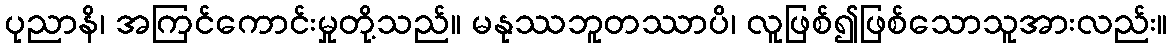
ပုညာနိ၊ အကြင်ကောင်းမှုတို့သည်။ မနုဿဘူတဿာပိ၊ လူဖြစ်၍ဖြစ်သောသူအားလည်း။